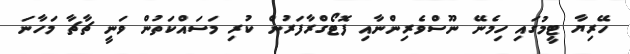
ހޭރިޔާ ޓީމުގައި ހިމެނޭ ނޫސްވެރިންނާއި ފޮޓޯގްރާފަރުން ކުރި މަސައްކަތުން ވަނީ ޗާޗާ މަހާނަ